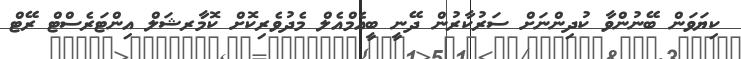
ކިޔަވަން ބޭނުންވާ ކުދިންނަށް ސަރުކާރުން ދޭނީ ބީއެމްއެލް މެދުވެރިކޮށް ކޮމާރޝަލް އިންޓަރެސްްޓް ރޭޓް